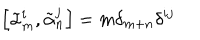
LaTeX: \left[ { \tilde { \alpha } } _ { m } ^ { i } , { \tilde { \alpha } } _ { n } ^ { j } \right] = m \delta _ { m + n } \delta ^ { i j }